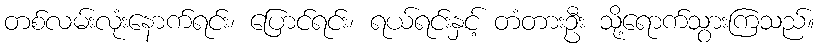
တစ်လမ်းလုံးနောက်ရင်း၊ ပြောင်ရင်း၊ ရယ်ရင်းနှင့် တံတားဦး သို့ရောက်သွားကြသည်။